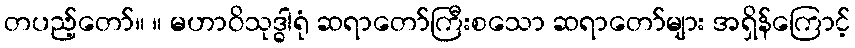
တပည့်တော်။ ။ မဟာဝိသုဒ္ဓါရုံ ဆရာတော်ကြီးစသော ဆရာတော်များ အရှိန်ကြောင့်